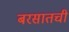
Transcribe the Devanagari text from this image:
बरसातची